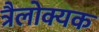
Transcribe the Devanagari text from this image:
त्रैलोक्यक